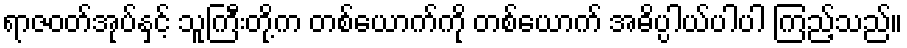
ရာဇဝတ်အုပ်နှင့် သူကြီးတို့က တစ်ယောက်ကို တစ်ယောက် အဓိပ္ပါယ်ပါပါ ကြည့်သည်။